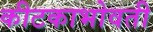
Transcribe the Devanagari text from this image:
कीटकाभोवती